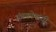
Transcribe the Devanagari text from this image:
पंचकोषांची